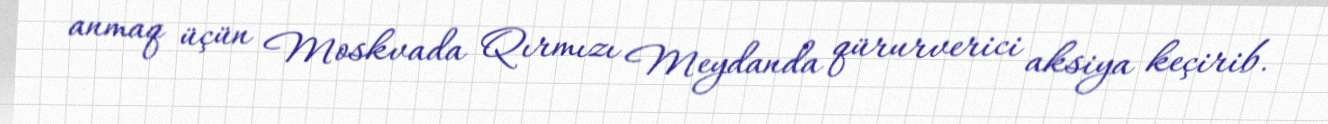
anmaq üçün Moskvada Qırmızı Meydanda qürurverici aksiya keçirib.